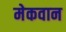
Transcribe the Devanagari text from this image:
मेकवान